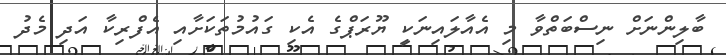
ބާލިންނަށް ނިސްބަތްވާ މި އެއާލައިނަކީ ޔޫރަޕްގެ އެކި ގައުމުތަކަށާއި އެފްރިކާ އަދި މެދު